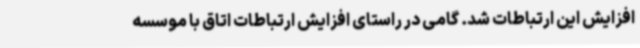
افزایش این ارتباطات شد. گامی در راستای افزایش ارتباطات اتاق با موسسه